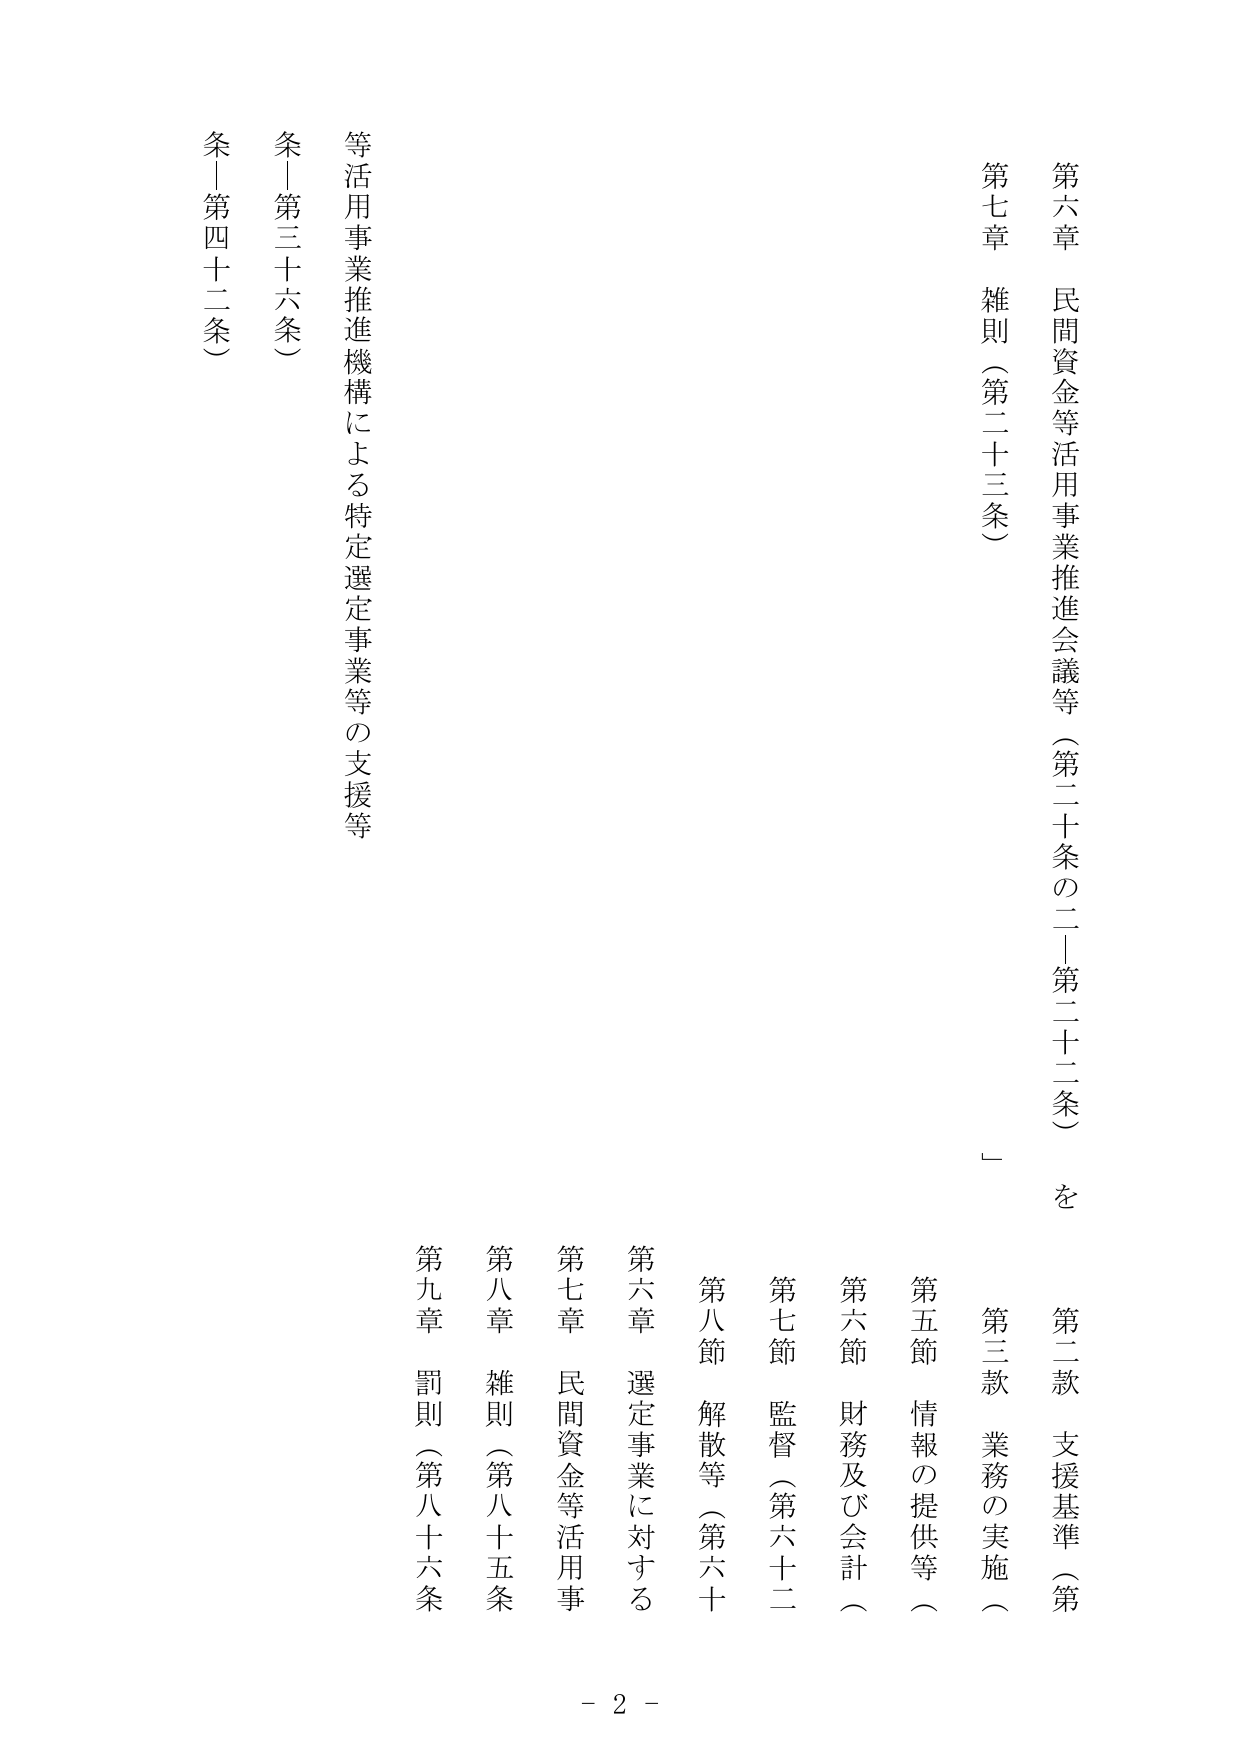
第六章 民間資金等活用事業推進会議等（第二十条の二～第二十二条）を
第七章 雑則（第二十三条）

第二款 支援基準（第
第三款 業務の実施（
第五節 情報の提供等（
第六節 財務及び会計（
第七節 監督（第六十二
第八節 解散等（第六十
第六章 選定事業に対する
第七章 民間資金等活用事
第八章 雑則（第八十五条
第九章 罰則（第八十六条

等活用事業推進機構による特定選定事業等の支援等
条～第三十六条）
条～第四十二条）

- 2 -